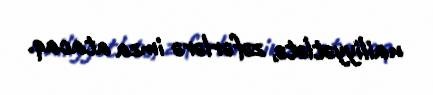
nailiyyətlətə, zəfərlərə imza atacaq.